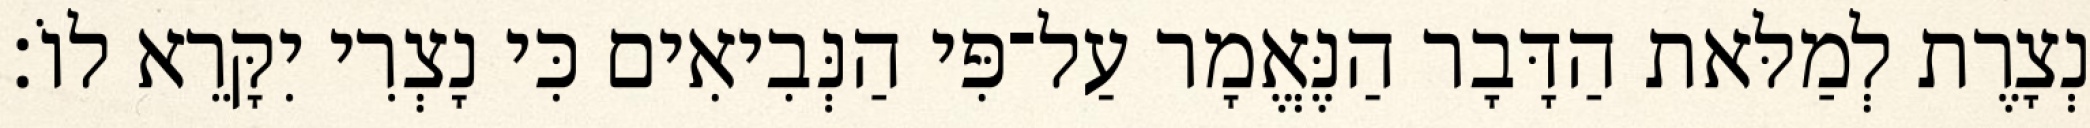
נְצָרֶת לְמַלּאת הַדָּבָר הַנֶּאֱמָר עַל־פִּי הַנְּבִיאִים כִּי נָצְרִי יִקָּרֵא לוֹ׃